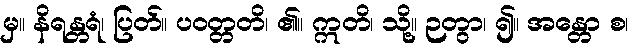
မှ။ နိရန္တရံ၊ ပြတ်။ ပဝတ္တတိ၊ ၏။ ဣတိ၊ သို့။ ဉတွာ၊ ၍။ အန္တော စ၊